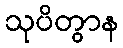
သုပိတွာန